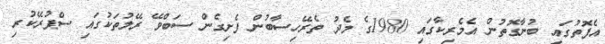
އެފޮތުގައި ބުނާގޮތުން އެމެރިކާގައި 1980ގެ މެދު ތެރޭހިސާބުން ފެށިގެން ސަބްވޭ ރޭލުތަކުގައި ސްޕުރޭކުރި